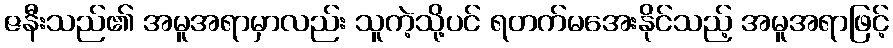
ဇနီးသည်၏ အမူအရာမှာလည်း သူကဲ့သို့ပင် ရတက်မအေးနိုင်သည့် အမူအရာဖြင့်